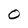
Character: 0